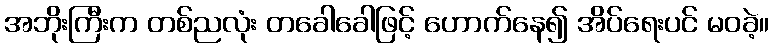
အဘိုးကြီးက တစ်ညလုံး တခေါခေါဖြင့် ဟောက်နေ၍ အိပ်ရေးပင် မဝခဲ့။